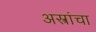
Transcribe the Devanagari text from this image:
अस्त्रांचा